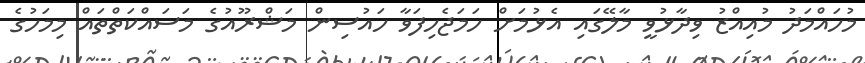
މުހައްމަދު މުއިއްޒު ވިދާޅުވީ މާލޭގައި އެޅުމަށް ހަމަޖެހިފަވާ ހައުސިން މަޝްރޫއުގެ މަސައްކަތްތައް މިމަހުގެ